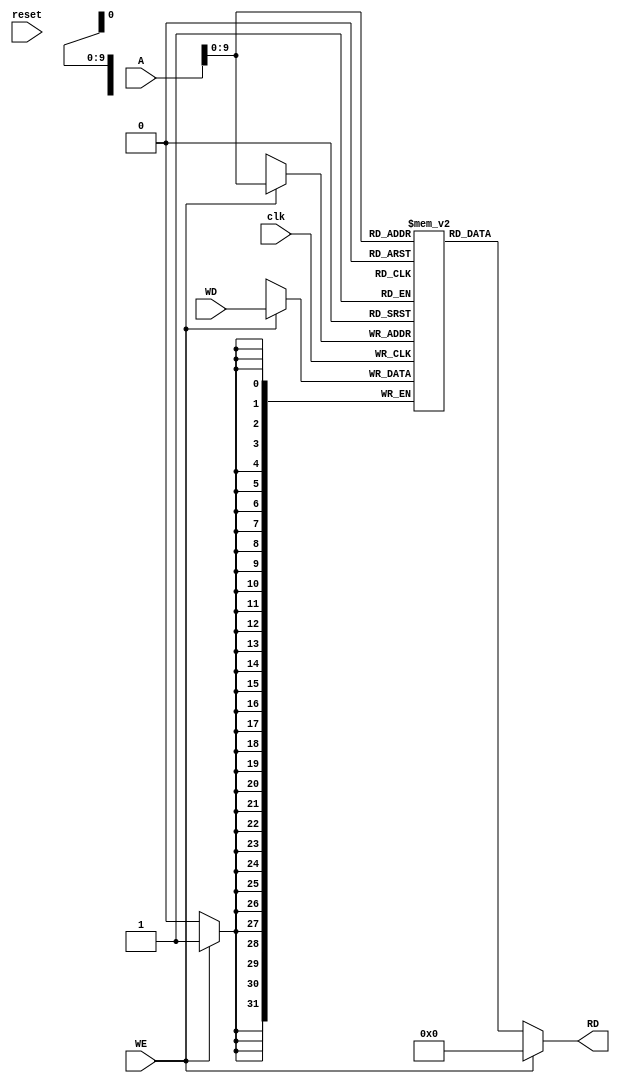
module data_memory(clk,A,WD,WE,RD,reset);

    input[31:0] A,WD;
    input WE,clk,reset;
    output [31:0] RD;

    reg[31:0] memory [1023:0];

    initial begin
        memory[0] <= 32'h00000005;
        memory[1] <= 32'h00000007;
        memory[2] <= 32'h00000009;
        memory[3] <= 32'h0000000A;
    end

    assign RD = (WE == 1'b0) ? memory[A] : 32'h00000000;

    always@(posedge clk) begin
        if(WE == 1'b1) begin
            memory[A] <=  WD;
        end
    end

endmodule